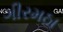
ગીરમઠા